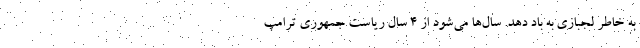
به خاطر لجبازی به باد دهد. سال‌ها می‌شود از 4 سال ریاست جمهوری ترامپ